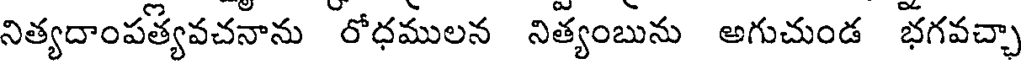
నిత్యదాంపత్యవచనాను రోధములన నిత్యంబును అగుచుండ భగవచ్చా